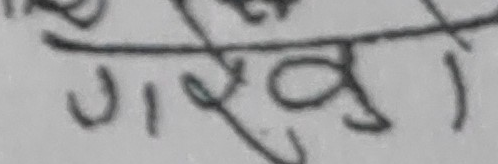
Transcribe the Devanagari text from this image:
गरवा